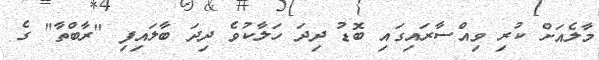
މާލެއަށް ކުރި ވިއްސާރައިގައި ބޮޑު ދިދަ ހަލާކުވެ ދިދަ ބާލައިފި "ރާބްތާ" ގެ